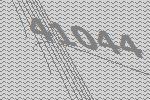
41044